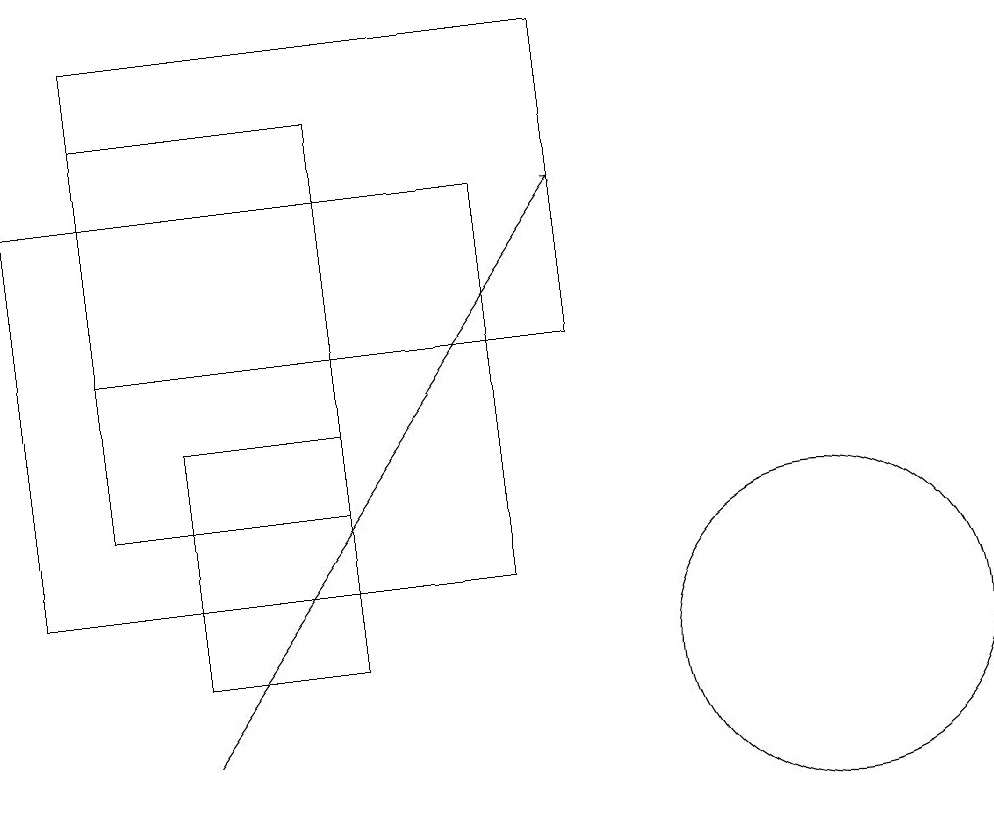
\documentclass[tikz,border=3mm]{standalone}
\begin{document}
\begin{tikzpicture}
\draw (4,18) rectangle (1,13);
\draw (0,17) rectangle (6,12);
\draw (1,19) rectangle (7,15);
\draw (2,14) rectangle (4,11);
\draw[->] (2,10) -- (7,17);
\draw (10,11) circle (2);
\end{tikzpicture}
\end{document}